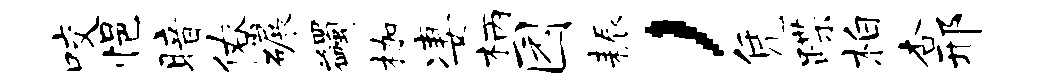
咬悒暗僚碾蠲枷凄柄园耨，凭蹀柏杏邢